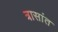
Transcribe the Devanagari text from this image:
त्रासांत